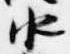
水